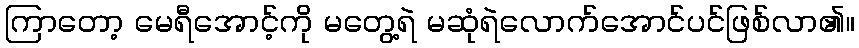
ကြာတော့ မေရီအောင့်ကို မတွေ့ရဲ မဆုံရဲလောက်အောင်ပင်ဖြစ်လာ၏။